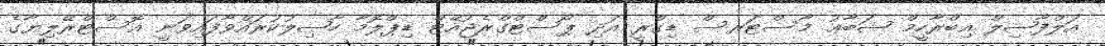
އަލްފާޟިލް އިބްރާހީމް ޝަބާޢު މާސްޓަރސް ޑިގްރީ އަދި ޕޯސްޓްގްރެޖުއޭޓް ޑިޕްލޮމާ ހާޞިލުކުރައްވާފައިވަނީ އޮސްޓްރޭލިޔާގެ